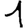
Digit: 1